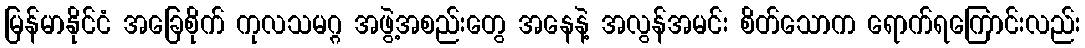
မြန်မာနိုင်ငံ အခြေစိုက် ကုလသမဂ္ဂ အဖွဲ့အစည်းတွေ အနေနဲ့ အလွန်အမင်း စိတ်သောက ရောက်ရကြောင်းလည်း